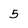
Character: 5